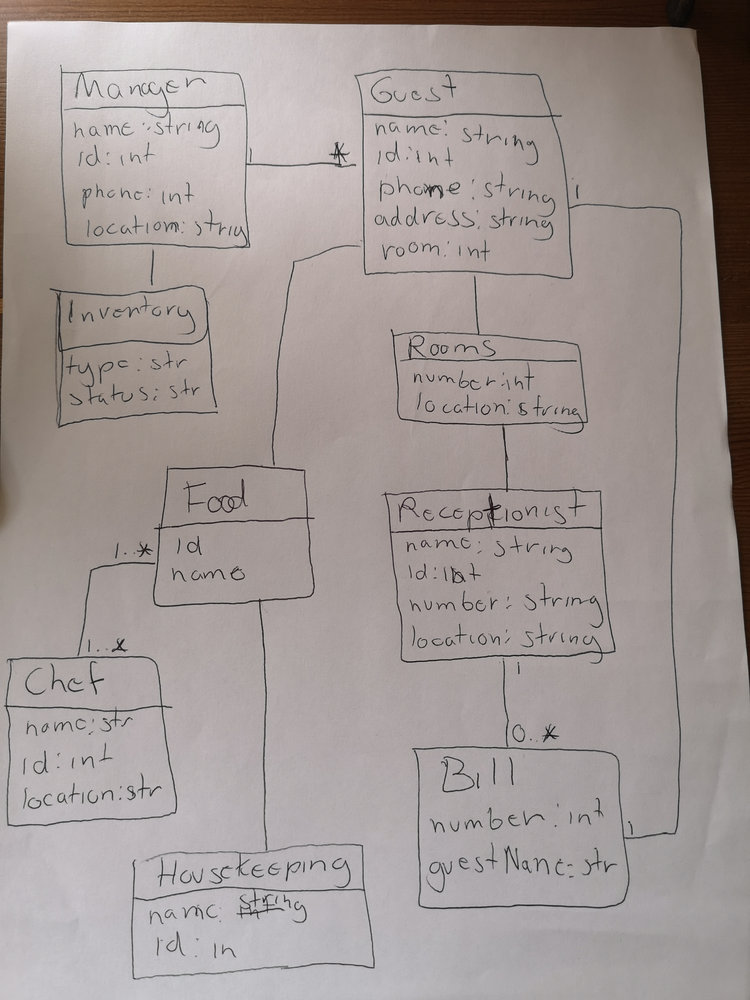
Diagram type: class_diagram
```plantuml
@startuml

class Manager {
  name: string
  id: int
  phone: int
  location: string
}

class Inventory {
  type: str
  status: str
}

class Guest {
  name: string
  id: int
  phone: string
  address: string
  room: int
}

class Rooms {
  number: int
  location: string
}

class Receptionist {
  name: string
  id: int
  number: string
  location: string
}

class Food {
  id
  name
}

class Chef {
  name: str
  id: int
  location: str
}

class Bill {
  number: int
  guestName: str
}

class Housekeeping {
  name: string
  id: int
}

Manager -- Inventory
Manager "1" -- "*" Guest
Guest -- Rooms
Guest -- Food
Guest "1" -- "1" Bill
Rooms -- Receptionist
Receptionist "1" -- "0..*" Bill
Food "1..*" -- "1..*" Chef
Food -- Housekeeping

@enduml
```